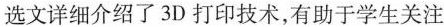
选文详细介绍了3D打印技术,有助于学生关注